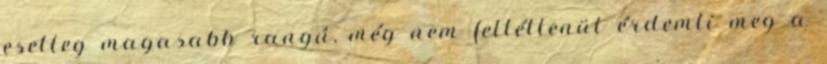
esetleg magasabb rangú, még nem feltétlenül érdemli meg a